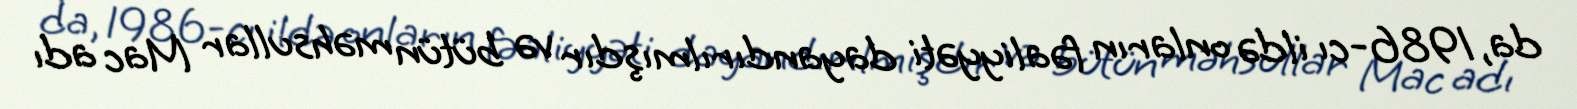
da, 1986-cı ildə onların fəaliyyəti dayandırılmışdır və bütün məhsullar Mac adı